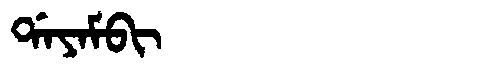
Manchu: ᡩᠠᠶᠠᠮᠪᡳ
Romanization: DAYAMBI